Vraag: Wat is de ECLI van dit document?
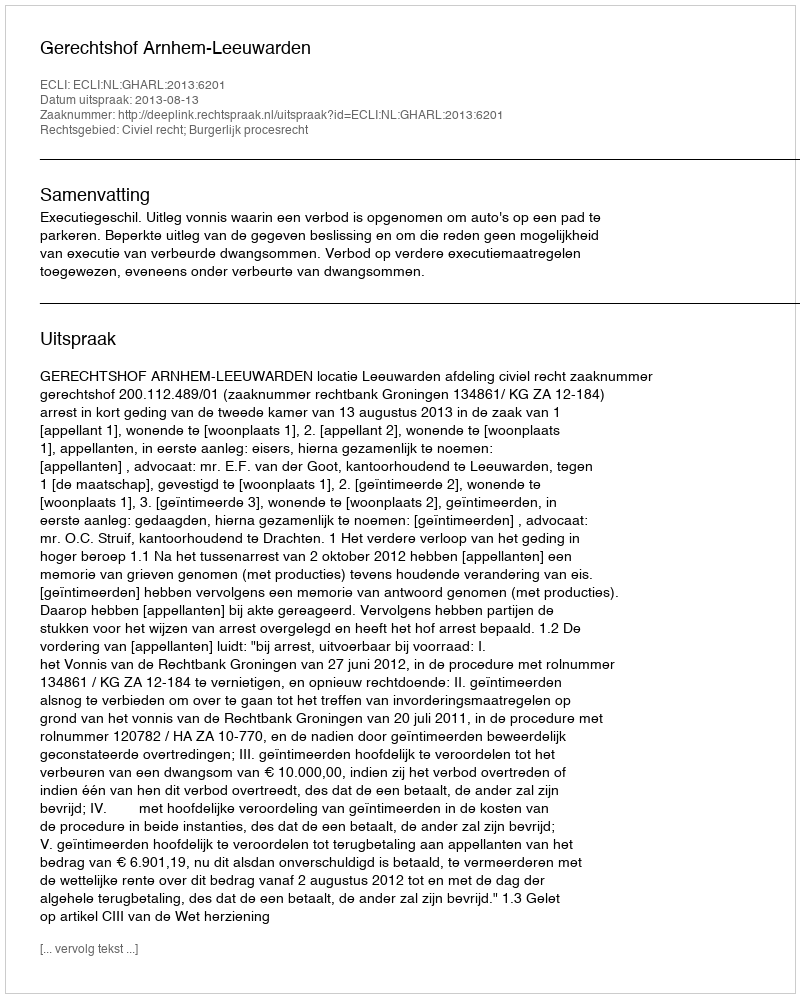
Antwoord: ECLI:NL:GHARL:2013:6201